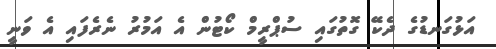
އަޅުގަނޑުގެ ދެކޭ ގޮތުގައި ސުޕްރީމް ކޯޓުން އެ އަމުރު ނެރެފައި އެ ވަނީ